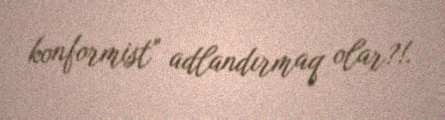
konformist" adlandırmaq olar?!.